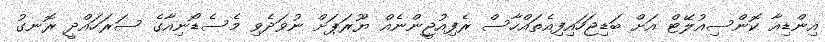
އިންޑިއާ ކޮންސިއުލޭޓް އަށް ބަޑިޖަހައިފިއެތައްހާސް ރެފިއުޖީންނެއް ޔޫރަޕަށް ނުވަދެވި މެސެޑޯނިއާގެ ސަރަހައްދީ ރޮނގު